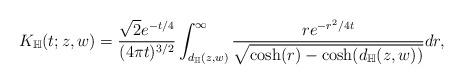
LaTeX: \begin{align*}K_{\mathbb{H}}(t;z,w)= \frac{\sqrt{2}e^{- t\slash 4}}{(4\pi t)^{3\slash 2}}\int_{d_{\mathbb{H}}(z,w)}^{\infty}\frac{re^{-r^{2}\slash 4t}}{\sqrt{\cosh(r)-\cosh (d_{\mathbb{H}}(z,w))}}dr,\end{align*}